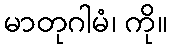
မာတုဂါမံ၊ ကို။